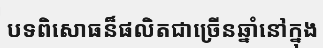
បទពិសោធន៏ផលិតជាច្រើនឆ្នាំនៅក្នុង